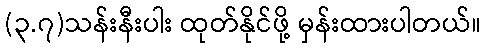
(၃.၇)သန်းနီးပါး ထုတ်နိုင်ဖို့ မှန်းထားပါတယ်။